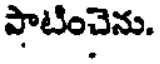
పాటించెను.